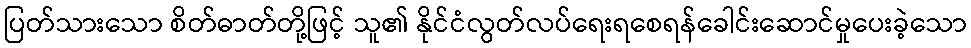
ပြတ်သားသော စိတ်ဓာတ်တို့ဖြင့် သူ၏ နိုင်ငံလွတ်လပ်ရေးရစေရန်ခေါင်းဆောင်မှုပေးခဲ့သော